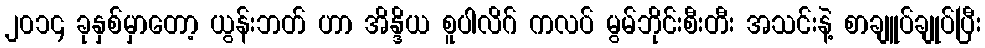
၂၀၁၄ ခုနှစ်မှာတော့ ယွန်းဘတ် ဟာ အိန္ဒိယ စူပါလိဂ် ကလပ် မွမ်ဘိုင်းစီးတီး အသင်းနဲ့ စာချူပ်ချုပ်ပြီး